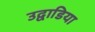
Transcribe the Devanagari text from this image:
उद्वाडिया